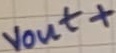
Text: vout+